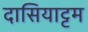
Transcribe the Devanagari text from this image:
दासियाट्टम